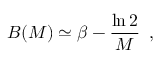
B ( M ) \simeq \beta - \frac { \ln 2 } { M } \, \, \, ,